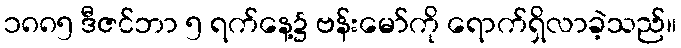
၁၈၈၅ ဒီဇင်ဘာ ၅ ရက်နေ့၌ ဗန်းမော်ကို ရောက်ရှိလာခဲ့သည်။